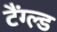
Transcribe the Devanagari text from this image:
टैंग्ल्ड